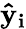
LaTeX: \mathbf{\hat{y}_{i}}